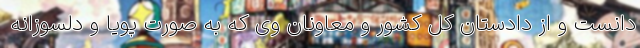
دانست و از دادستان کل کشور و معاونان وی که به صورت پویا و دلسوزانه